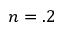
n = . 2